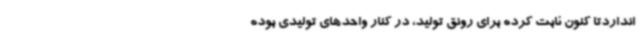
انداردتا کنون ثابت کرده برای رونق تولید، در کنار واحدهای تولیدی بوده